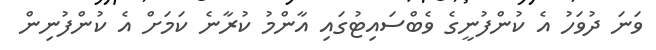
ވަނަ ދުވަހު އެ ކުންފުނީގެ ވެބްސައިޓުގައި އާންމު ކުރާނެ ކަމަށް އެ ކުންފުނިން